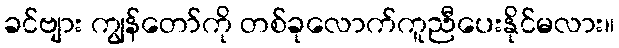
ခင်ဗျား ကျွန်တော်ကို တစ်ခုလောက်ကူညီပေးနိုင်မလား။